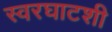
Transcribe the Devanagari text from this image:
स्वरघाटशी